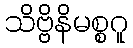
သိဗ္ဗိနိမစ္စဂူ